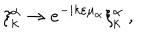
\xi _ { k } ^ { \alpha } \to e ^ { - i k \varepsilon \mu _ { \alpha } } \xi _ { k } ^ { \alpha } \ ,